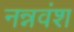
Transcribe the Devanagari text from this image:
नन्नवंश